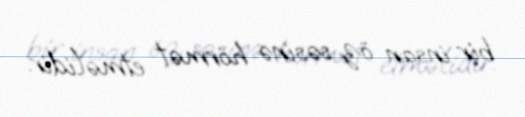
bir insan öz səsinə hörmət etməlidir.